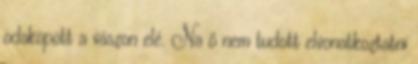
odaköpött a vászon elé. Na ő nem tudott elvonatkoztatni